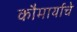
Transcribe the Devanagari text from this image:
कौमार्याचे